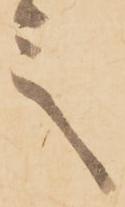
言